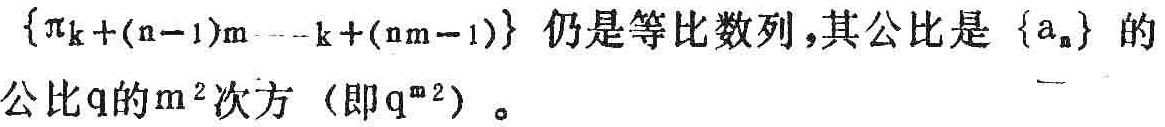
\(\{a_{k+(n - 1)m}\cdots a_{k+(nm - 1)}\}\)仍是等比数列，其公比是\(\{a_{n}\}\)的公比\(q\)的\(m^{2}\)次方（即\(q^{m^{2}}\)）。